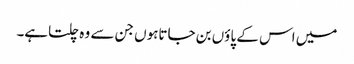
میں اس کے پاؤں بن جاتاہوں جن سے وہ چلتاہے۔